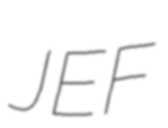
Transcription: JEF